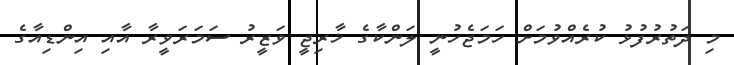
މި ދަތުރުފުޅު ކުރެއްވުމަށް ހަމަޖެހުނީ ލަންކާގެ ޚާރިޖީ ވަޒީރު ސަމަރަވީރާ އާއި އިންޑިއާގެ